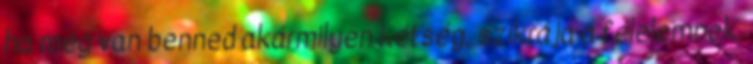
ha még van benned akármilyen kétség, szikrája a félelemnek,